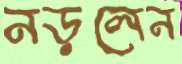
নড়লেন